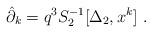
LaTeX: \begin{align*}\hat{\partial}_k=q^3S_2^{-1}[\Delta_2,x^k]~.\end{align*}